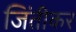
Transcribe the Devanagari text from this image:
जिंतीकर